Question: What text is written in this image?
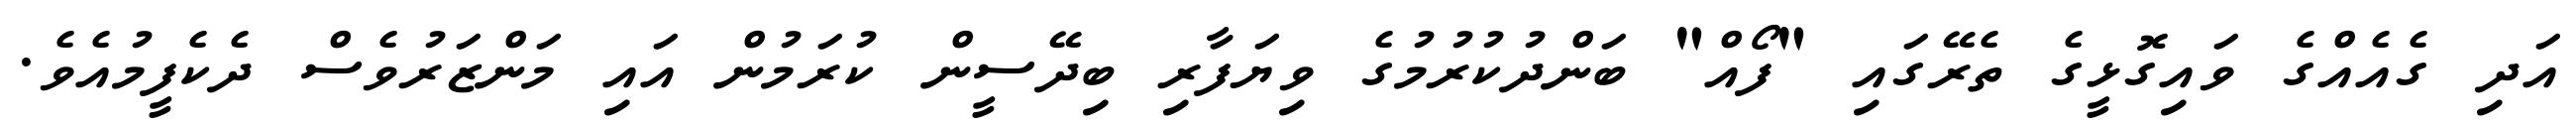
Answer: އަދި ގެއެއްގެ ވައިގޮޅީގެ ތެރޭގައި "ފޯއް" ބަންދުކުރުމުގެ ވިޔަފާރި ބިދޭސީން ކުރަމުން އައި މަންޒަރުވެސް ދެކެފީމުއެވެ.